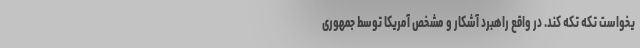
یخواست تکه تکه کند. در واقع راهبرد آشکار و مشخص آمریکا توسط جمهوری